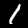
Label: 1